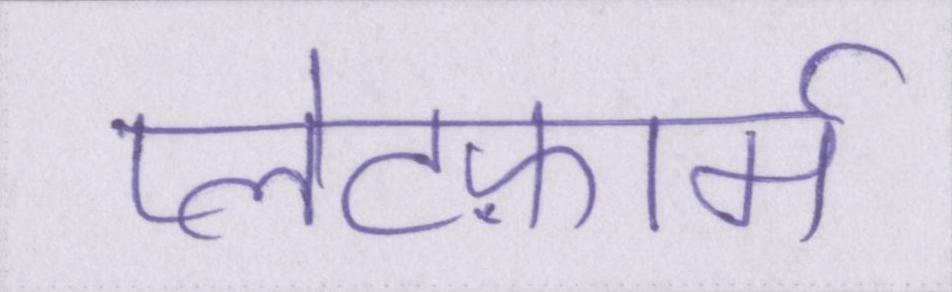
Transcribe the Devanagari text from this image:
प्लेटफ़ार्म